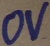
Text: 0V